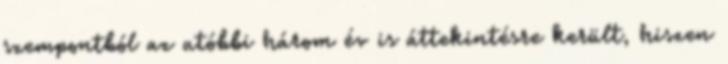
szempontból az utóbbi három év is áttekintésre került, hiszen